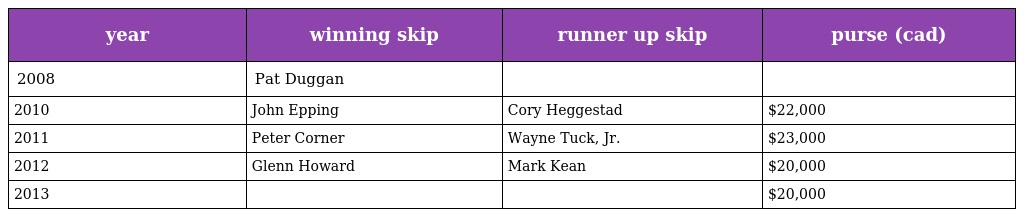
| year | winning skip | runner up skip | purse (cad) |
 | --- | --- | --- | --- |
 | 2008 | Pat Duggan |  |  |
 | 2010 | John Epping | Cory Heggestad | $22,000 |
 | 2011 | Peter Corner | Wayne Tuck, Jr. | $23,000 |
 | 2012 | Glenn Howard | Mark Kean | $20,000 |
 | 2013 |  |  | $20,000 |